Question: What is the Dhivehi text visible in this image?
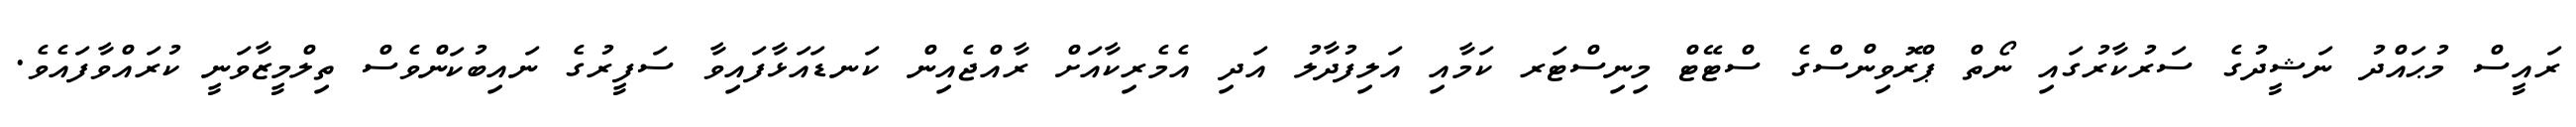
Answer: ރައީސް މުޙައްދު ނަޝީދުގެ ސަރުކާރުގައި ނޯތް ޕްރޮވިންސްގެ ސްޓޭޓް މިނިސްޓަރ ކަމާއި އަލިފުދާލު އަދި އެމެރިކާއަށް ރާއްޖެއިން ކަނޑައަޅާފައިވާ ސަފީރުގެ ނައިބުކަންވެސް ތިލްމީޒާވަނީ ކުރައްވާފައެވެ.